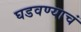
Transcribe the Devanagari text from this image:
घडवण्याचं